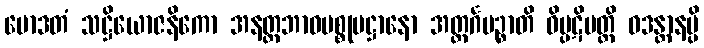
မောဒတံ သဋ္ဌိယောဇနိကော အနတ္ထဘာဝပစ္စုပဋ္ဌာနော အတ္ထင်္ဂမဉ္စာတိ ဝိပ္ပဋိပတ္တိ ဝဒန္တာနမ္ပိ